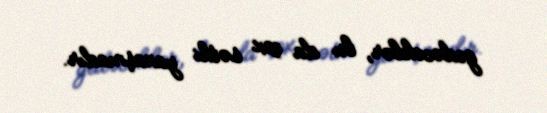
gedəcəklər, bu da çox səthi yanaşmadır.